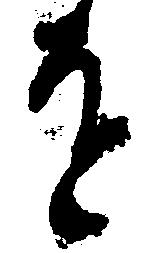
を